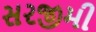
સરજીમી